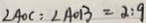
\angle A O C : \angle A O B = 2 : 9